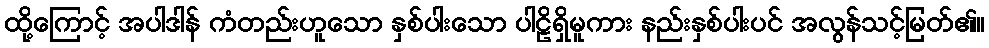
ထို့ကြောင့် အပါဒါန် ကံတည်းဟူသော နှစ်ပါးသော ပါဠိရှိမူကား နည်းနှစ်ပါးပင် အလွန်သင့်မြတ်၏။